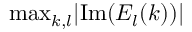
\mathrm { m a x } _ { k , l } | \mathrm { I m } ( E _ { l } ( k ) ) |